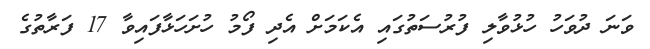
ވަނަ ދުވަހު ހުޅުވާލި ފުރުސަތުގައި އެކަމަށް އެދި ފޯމު ހުށަހަޅާފައިވާ 17 ފަރާތުގެ